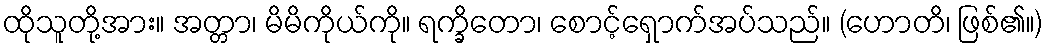
ထိုသူတို့အား။ အတ္တာ၊ မိမိကိုယ်ကို။ ရက္ခိတော၊ စောင့်ရှောက်အပ်သည်။ (ဟောတိ၊ ဖြစ်၏။)